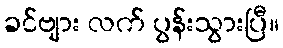
ခင်ဗျား လက် ပွန်းသွားပြီ။